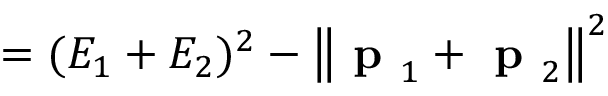
= ( E _ { 1 } + E _ { 2 } ) ^ { 2 } - \left\| { \textbf { p } } _ { 1 } + { \textbf { p } } _ { 2 } \right\| ^ { 2 }